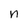
Character: n